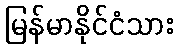
မြန်မာနိုင်ငံသား